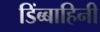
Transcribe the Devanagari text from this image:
डिंब्बाहिनी